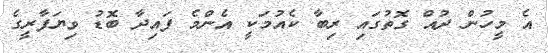
އެ މީހުން ދުއް ގޮތުގައި ރިބާ ކެއުމަކީ އެންމެ ފައިދާ ބޮޑު ވިޔަފާރީގެ